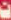
ت